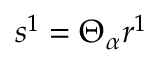
s ^ { 1 } = \Theta _ { \alpha } r ^ { 1 }